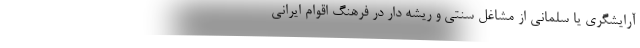
آرایشگری یا سلمانی از مشاغل سنتی و ریشه دار در فرهنگ اقوام ایرانی